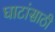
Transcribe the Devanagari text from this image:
घाटांसाठी